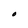
Character: O